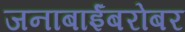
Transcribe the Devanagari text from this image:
जनाबाईंबरोबर